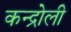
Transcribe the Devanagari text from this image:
कन्द्रोली